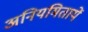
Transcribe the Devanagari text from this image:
अनियमितायें